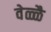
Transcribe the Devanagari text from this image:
वेळ्ळै